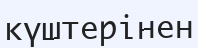
күштерінен